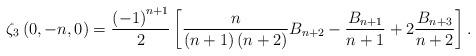
LaTeX: \begin{align*}\zeta_{3}\left(0,-n,0\right)=\frac{\left(-1\right)^{n+1}}{2}\left[\frac{n}{\left(n+1\right)\left(n+2\right)}B_{n+2}-\frac{B_{n+1}}{n+1}+2\frac{B_{n+3}}{n+2}\right].\end{align*}